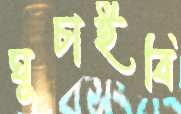
ঘুচাইবি